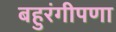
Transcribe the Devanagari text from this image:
बहुरंगीपणा